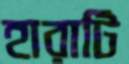
হারাটি